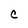
Character: c